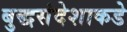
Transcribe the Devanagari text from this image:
बुद्धसंदेशाकडे